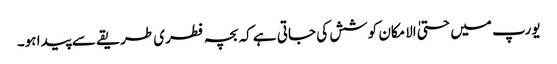
یورپ میں حتیٰ الامکان کوشش کی جاتی ہے کہ بچہ فطری طریقے سے پیدا ہو۔